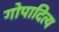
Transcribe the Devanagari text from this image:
गोपादित्य